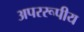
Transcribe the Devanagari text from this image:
अपररूपीय